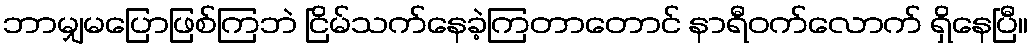
ဘာမျှမပြောဖြစ်ကြဘဲ ငြိမ်သက်နေခဲ့ကြတာတောင် နာရီဝက်လောက် ရှိနေပြီ။